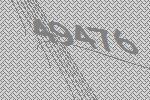
49476